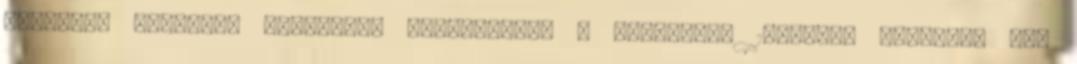
biztosít Hannover bevásárló övezetében. A szállodAz 1975-ben nyitotta meg